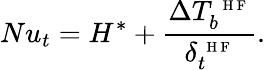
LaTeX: Nu_{t}=H^{*}+\frac{\Delta T_{b}^{\mathrm{~\scriptsize~H~F~}}}{\delta_{t}^{\mathrm{~\scriptsize~H~F~}}}.